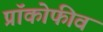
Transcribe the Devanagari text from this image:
प्रॉकोफीव